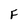
Character: F